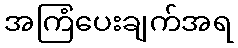
အကြံပေးချက်အရ